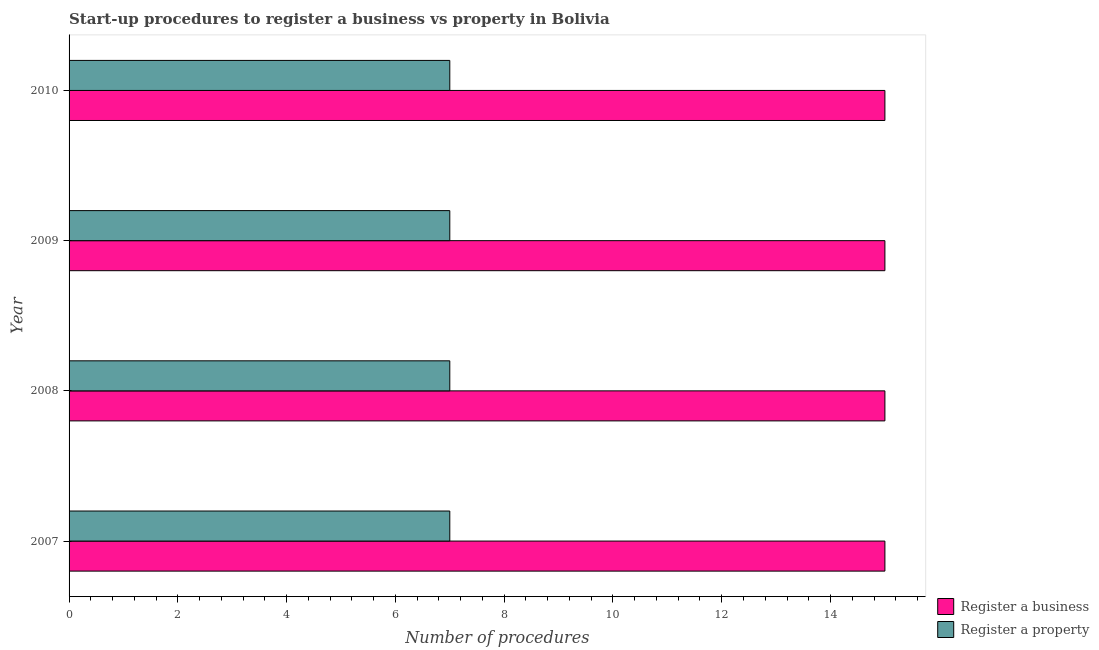
| Year | Register a business | Register a property |
 | --- | --- | --- |
 | 2007 | 15 | 7 |
 | 2008 | 15 | 7 |
 | 2009 | 15 | 7 |
 | 2010 | 15 | 7 |